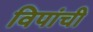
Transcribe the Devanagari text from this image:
विपांची